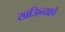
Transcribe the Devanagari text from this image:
खजिन्याचे